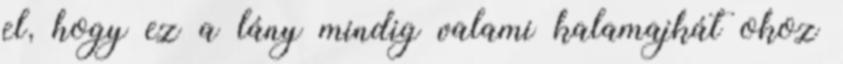
el, hogy ez a lány mindig valami kalamajkát okoz